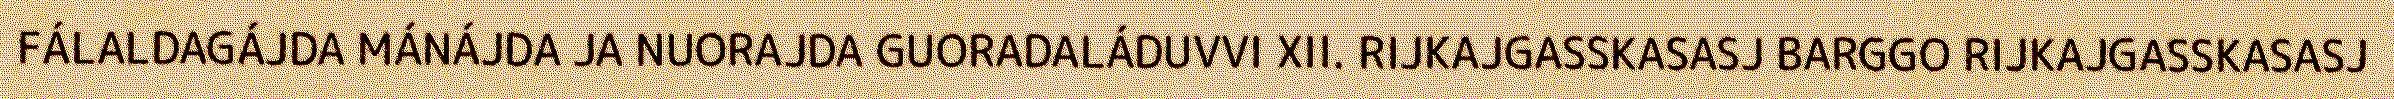
FÁLALDAGÁJDA MÁNÁJDA JA NUORAJDA GUORADALÁDUVVI XII. RIJKAJGASSKASASJ BARGGO RIJKAJGASSKASASJ